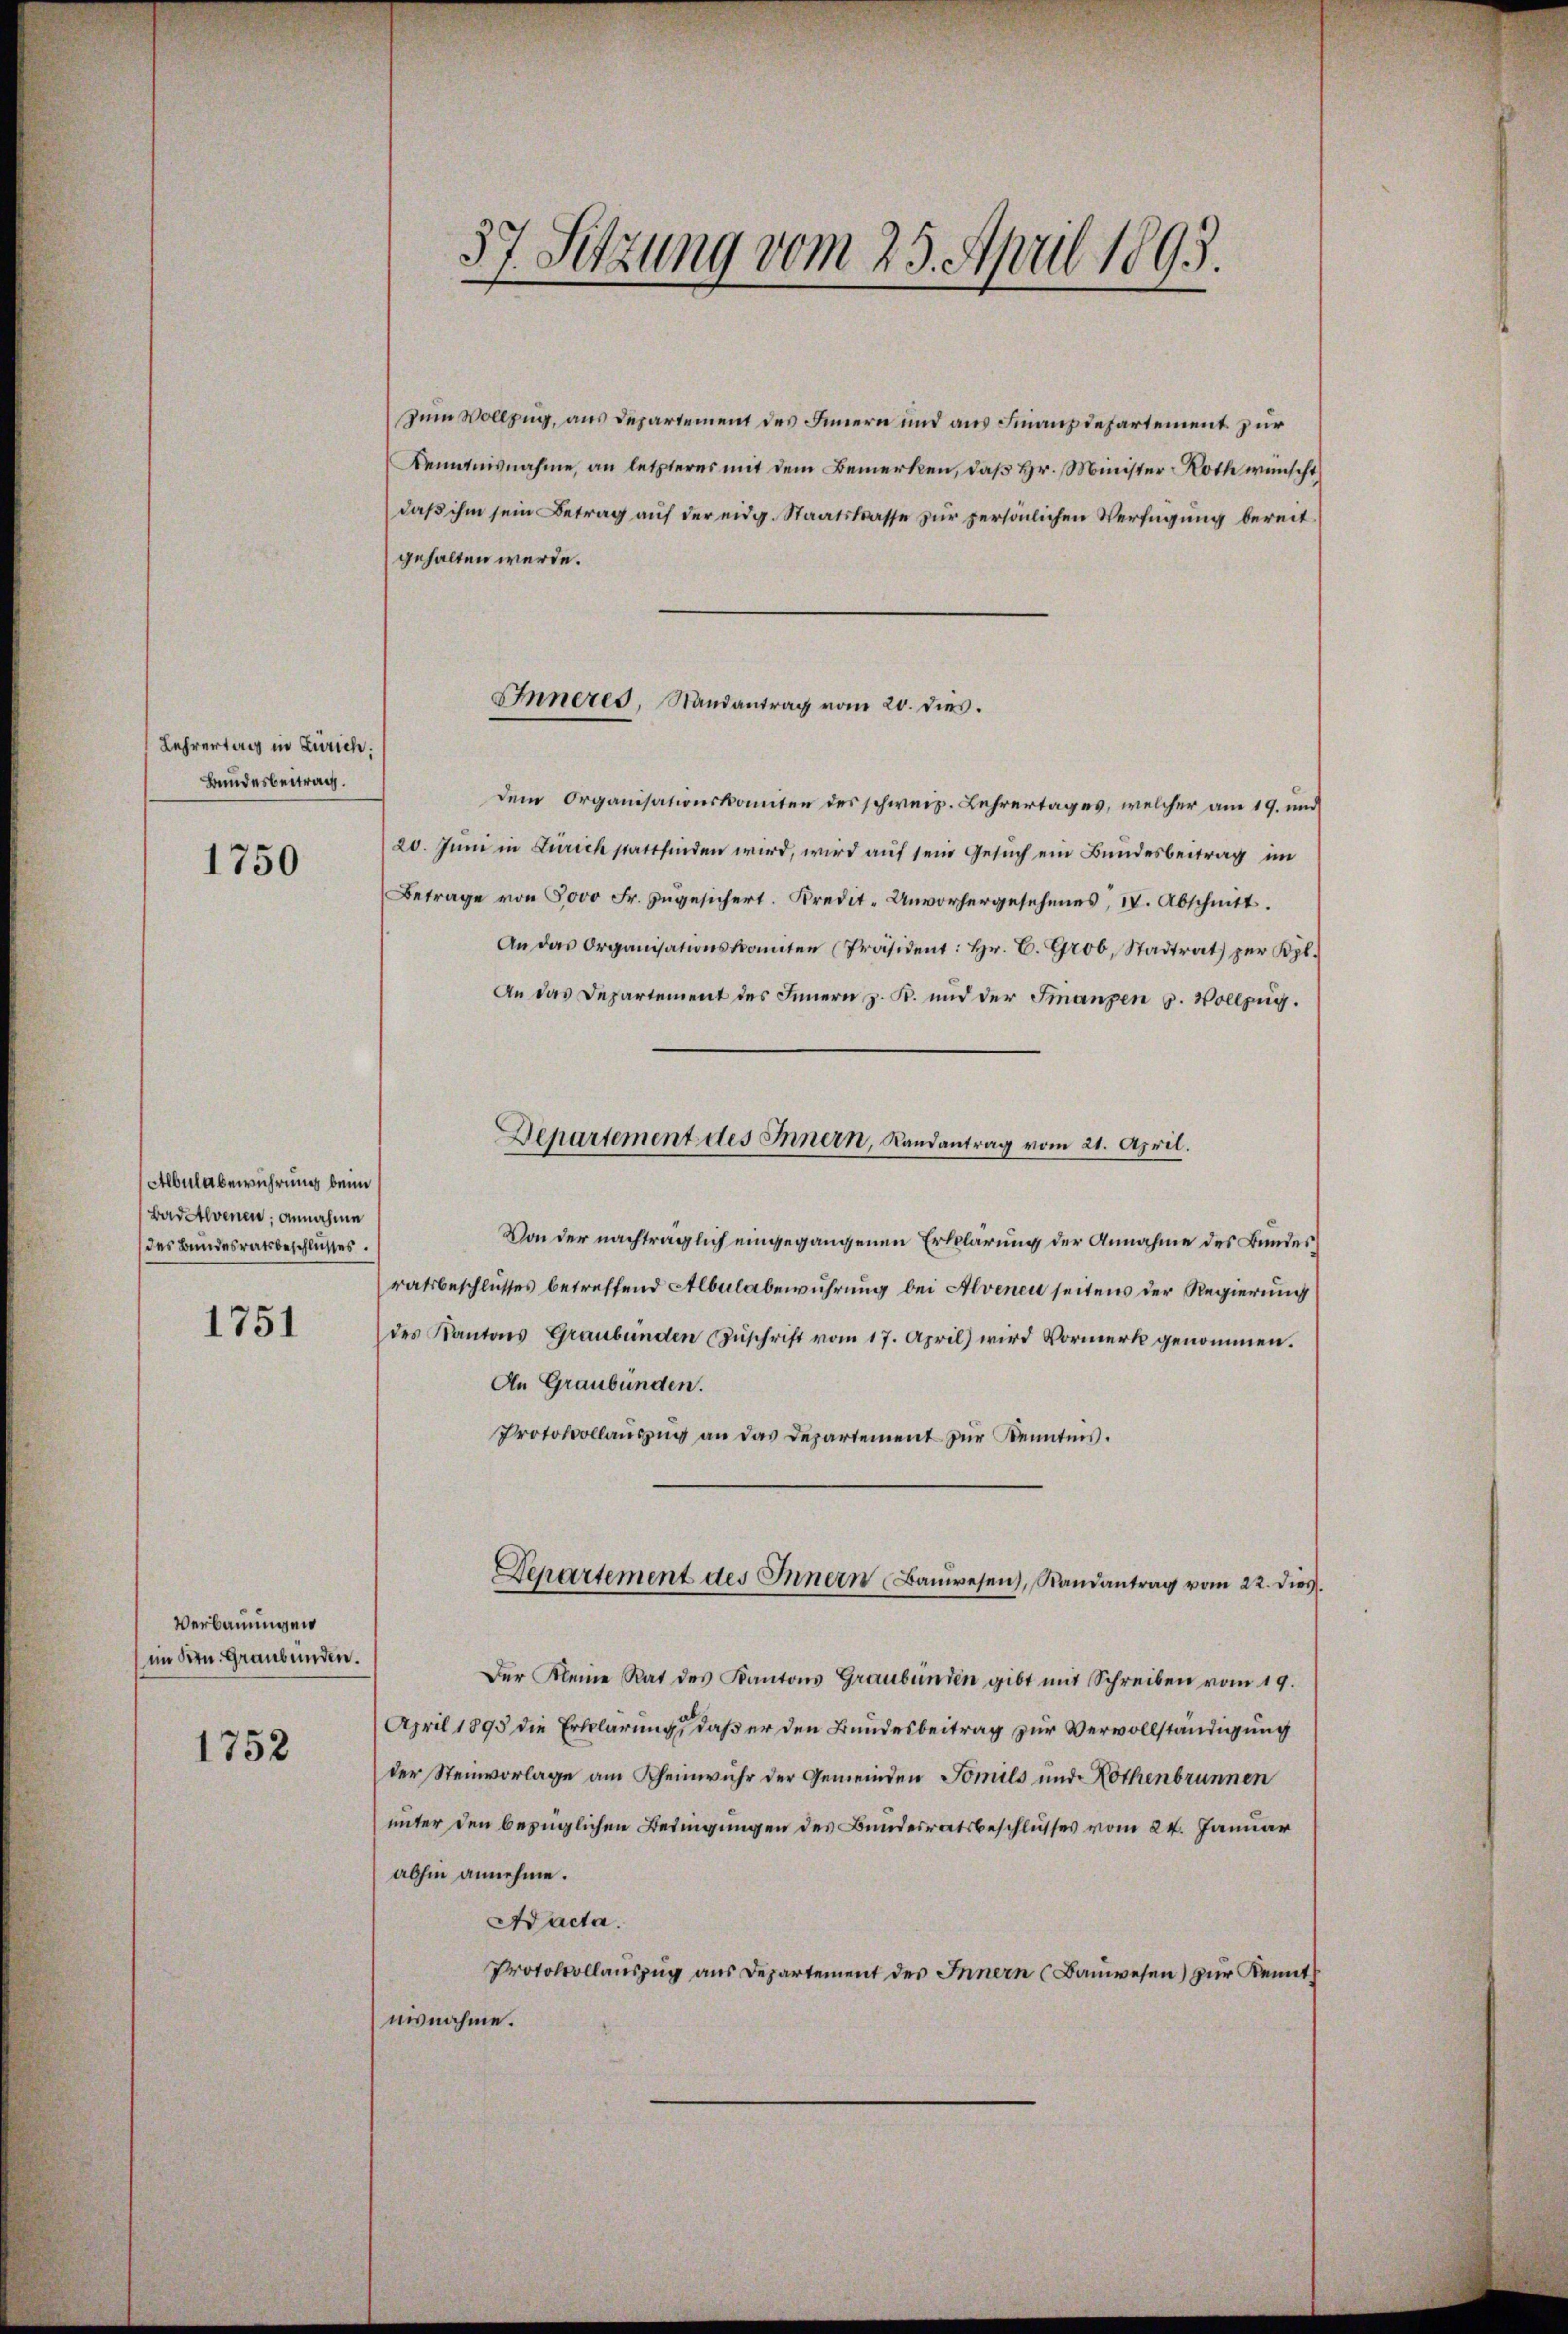
Lehrertag in Zürich.
Bundesbeitrag.

1750

Albula berührung beim
BadAlvenen, annahme
des Bundesratsbeschlusses.

1751

Verbauungen
im Bern. Graubünden.

1752

zum Vollzug, aus Departement des Innern und aus Finanzdepartement zur
Kenntnisnahme, an letzteres mit dem Bemerken, daß Hr. Minister Roth wünscht
daβ ihm sein Betrag aŭf der eidg. Staatskasse zur persönlichen Verfügung bereit
gehalten werde.
Inneres, Randantrag vom 20. dies.
dem Organisationskomiten des schweiz. Lehrertages, welcher am 19. und
20. Juni in Zürich stattfinden wird, wird auf sein Gesuch ein Bundesbeitrag im
Betrage von 5000 Fr. zugesichert. Kredit. Unvorhergesehenes, IV. Abschnitt.
An das Organisationskomiten Präsident: Hr. C. Grob, Stadtrat zŭr Kgl.
An das Departement des Innern z. R. und der Finanzen u. Vollzug.
Departement des Innern, Landantrag vom 21. April.
Von der nachträglich eingegangenen Erklärung der Annahme des Bundesratsbeschlusses betreffend Albulaberührung bei Alvenen seitens der Regierung
des Kantons Graubünden Zŭschrift vom 17. April) wird Vormerk genommen.
An Graubünden.
Protokollauszug an das Departement zur Kenntnis.
Departement des Innern Baŭwesen, Randantrag vom 22. dies
Der Kleine Rat des Kantons Graubünden gibt mit Schreiben vom 19.
April 1895 die Erklärung, daß er den Bundesbeitrag zur Vervollständigung
der Steinvorlage am Rheinwuhr der Gemeinden Tomils und Rothenbrunnen
unter den bezüglichen Bedingungen des Bundesratsbeschlusses vom 24. Januar
abhin annehme.
Aacta.
Protokollauszug aus Departement des Innern (Bauwesen) zur Kennt
nisnahme.

57. Setzung vom 25. April 1893.